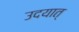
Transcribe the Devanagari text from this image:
उदयात्‌